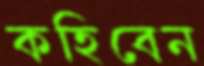
কহিবেন